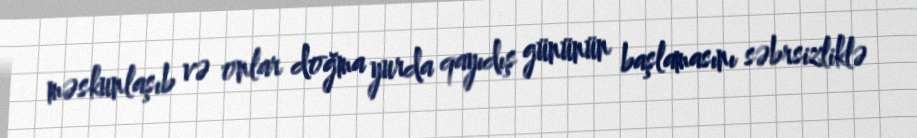
məskunlaşıb və onlar doğma yurda qayıdış gününün başlamasını səbrsizliklə